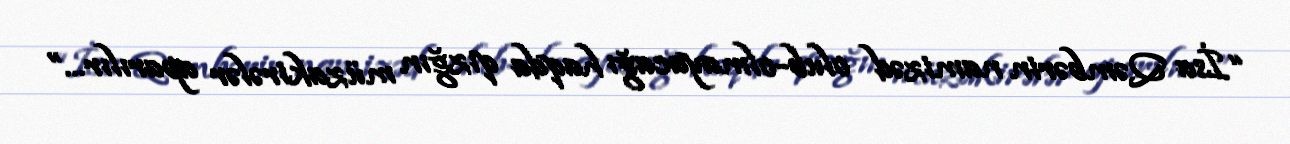
“İsa Qəmbərin namizəd olub-olmayacağı haqda qızğın müzakirələr aparılır...”